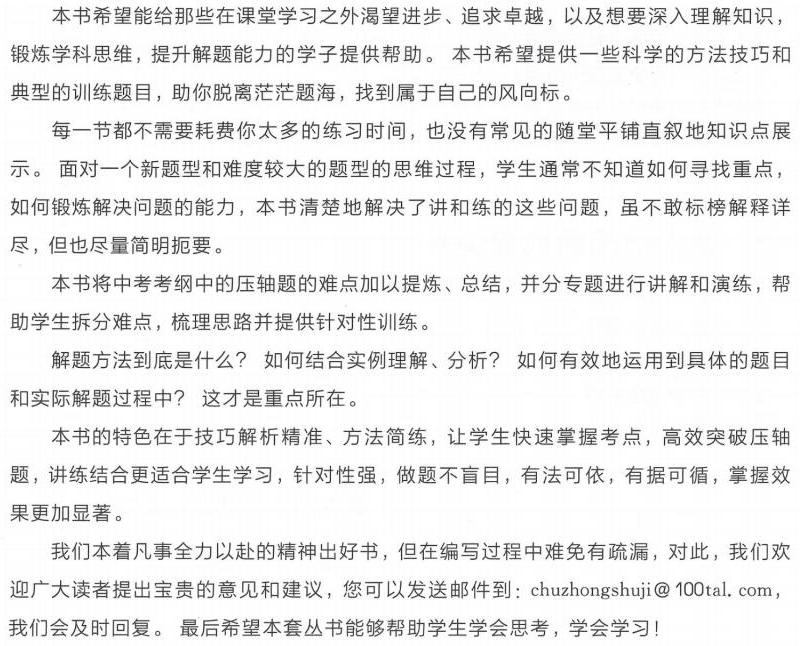
本书希望能给那些在课堂学习之外渴望进步、追求卓越，以及想要深入理解知识，
锻炼学科思维，提升解题能力的学子提供帮助。本书希望提供一些科学的方法技巧和
典型的训练题目，助你脱离茫茫题海，找到属于自己的风向标。

每一节都不需要耗费你太多的练习时间，也没有常见的随堂平铺直叙地知识点展
示。面对一个新题型和难度较大的题型的思维过程，学生通常不知道如何寻找重点，
如何锻炼解决问题的能力，本书清楚地解决了讲和练的这些问题，虽不敢标榜解释详
尽，但也尽量简明扼要。

本书将中考考纲中的压轴题的难点加以提炼、总结，并分专题进行讲解和演练，帮
助学生拆分难点，梳理思路并提供针对性训练。

解题方法到底是什么？如何结合实例理解、分析？如何有效地运用到具体的题目
和实际解题过程中？这才是重点所在。

本书的特色在于技巧解析精准、方法简练，让学生快速掌握考点，高效突破压轴
题，讲练结合更适合学生学习，针对性强，做题不盲目，有法可依，有据可循，掌握效
果更加显著。

我们本着凡事全力以赴的精神出好书，但在编写过程中难免有疏漏，对此，我们欢
迎广大读者提出宝贵的意见和建议，您可以发送邮件到：chuzhongshuji@100tal.com，
我们会及时回复。最后希望本套丛书能够帮助学生学会思考，学会学习！